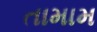
તામામ